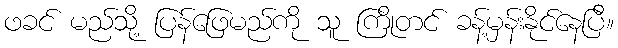
ဖခင် မည်သို့ ပြန်ဖြေမည်ကို သူ ကြိုတင် ခန့်မှန်းနိုင်နေပြီ။